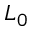
L _ { 0 }